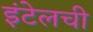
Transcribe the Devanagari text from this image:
इंटेलची